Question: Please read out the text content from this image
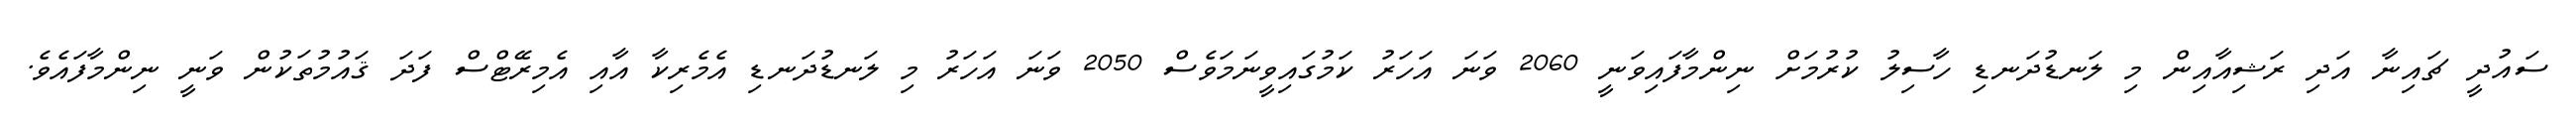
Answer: ސައުދީ ޗައިނާ އަދި ރަޝިއާއިން މި ލަނޑުދަނޑި ހާސިލު ކުރުމަށް ނިންމާފައިވަނީ 2060 ވަނަ އަހަރު ކަމުގައިވީނަމަވެސް 2050 ވަނަ އަހަރު މި ލަނޑުދަނޑި އެމެރިކާ އާއި އެމިރޭޓްސް ފަދަ ޤައުމުތަކުން ވަނީ ނިންމާފައެވެ.